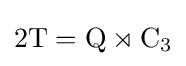
2\mathrm {T} =\mathrm {Q} \rtimes \mathrm {C} _{3}